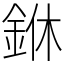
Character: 銝